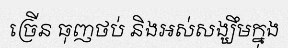
ច្រើន ធុញថប់ និងអស់សង្ឃឹមក្នុង